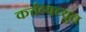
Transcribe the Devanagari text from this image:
कर्त्तव्यच्युत